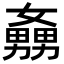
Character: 𡣡